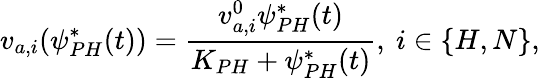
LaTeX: v_{a,i}(\psi_{PH}^{*}(t))=\frac{v_{a,i}^{0}\psi_{PH}^{*}(t)}{K_{PH}+\psi_{PH}^{*}(t)},\ i\in\{ H,N\} ,